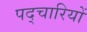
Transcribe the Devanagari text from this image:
पद्चारियों